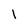
Character: l